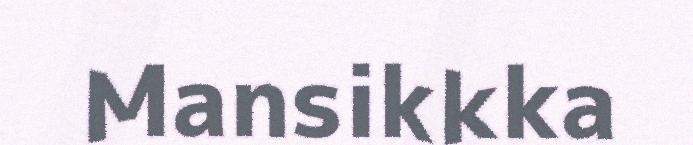
Mansikkka